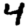
Digit: 4